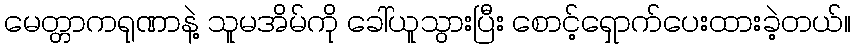
မေတ္တာကရုဏာနဲ့ သူမအိမ်ကို ခေါ်ယူသွားပြီး စောင့်ရှောက်ပေးထားခဲ့တယ်။